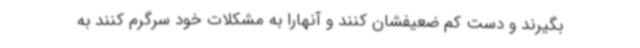
بگیرند و دست کم ضعیفشان کنند و آنهارا به مشکلات خود سرگرم کنند به